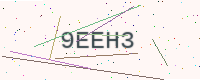
Text: 9EEH3